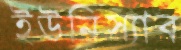
ইউনিস্যাব